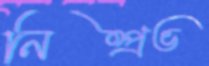
নিষ্প্রভ